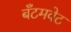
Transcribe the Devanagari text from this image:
बँटमवेट